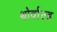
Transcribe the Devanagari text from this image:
थोर्वाल्ड